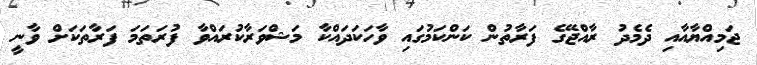
ޖަމިއްޔާއާއި ދެމެދު ރާއްޖޭގެ ފަރާތުން ކަންކަމުގައި ވާހަކަދައްކާ މަޝްވަރާކުރައްވާ ފުރަތަމަ ފަރާތަކަށް ވާނީ